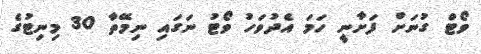
ވޯޓް ގުނަށް ފަށާނީ ހަމަ އެދުވަހު ވޯޓު ނަގައި ނިމޭތާ 30 މިނިޓުގެ